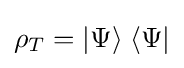
\rho _{T}=|\Psi \rangle \;\langle \Psi |